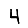
Digit: 4